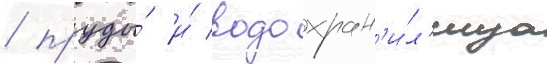
/ пруды́ и́ водохран'и́л'ища